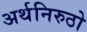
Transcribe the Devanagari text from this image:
अर्थनिरुठो